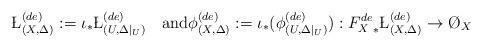
LaTeX: \begin{align*} \L^{(de)}_{(X,\Delta)}:=\iota_*\L^{(de)}_{(U,\Delta|_U)}\quad\textup{and}\phi^{(de)}_{(X,\Delta)}:=\iota_*(\phi^{(de)}_{(U,\Delta|_U)}):{F_X^{de}}_*\L^{(de)}_{(X,\Delta)}\to\O_X \end{align*}